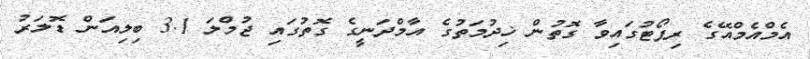
އެމްއެމްއޭގެ ރިޕޯޓުގައިވާ ގޮތުން ޚިދުމަތުގެ އާމްދަނީގެ ގޮތުގައި ޖުމްލަ 3.1 ބިލިއަން ޑޮލަރު